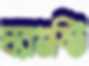
ঘরগুষ্টি